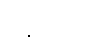
မန္တယိတွာ